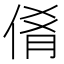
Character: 𬾝